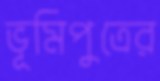
ভূমিপুত্রের